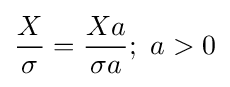
{X \over \sigma }={Xa \over \sigma a};\ a>0